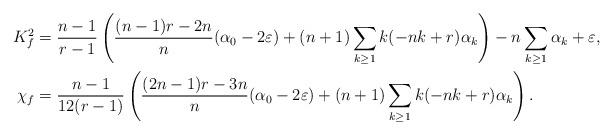
LaTeX: \begin{align*}K_f^2=&\;\frac{n-1}{r-1}\left(\frac{(n-1)r-2n}{n}(\alpha_0-2\varepsilon)+(n+1)\sum_{k\ge 1}k(-nk+r)\alpha_k\right)-n\sum_{k\ge 1}\alpha_k+\varepsilon,\\\chi_f=&\;\frac{n-1}{12(r-1)}\left(\frac{(2n-1)r-3n}{n}(\alpha_0-2\varepsilon)+(n+1)\sum_{k\ge 1}k(-nk+r)\alpha_k\right).\end{align*}